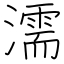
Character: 濡